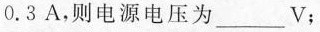
0.3A，则电源电压为___V；